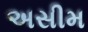
અસીમ